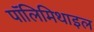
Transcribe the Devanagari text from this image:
पॉलिमिथाइल